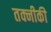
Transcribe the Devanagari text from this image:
तक्नीकी